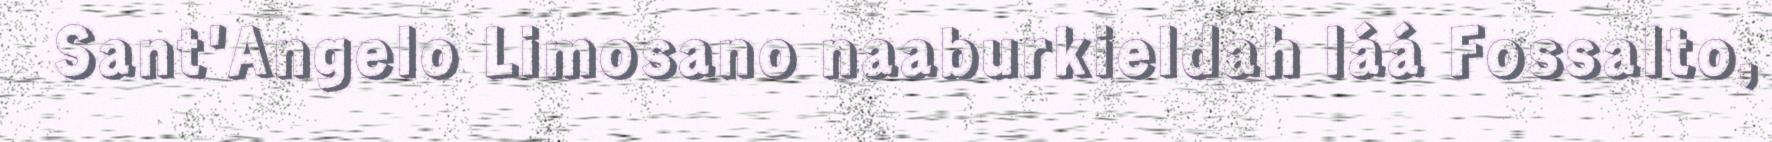
Sant'Angelo Limosano naaburkieldah láá Fossalto,